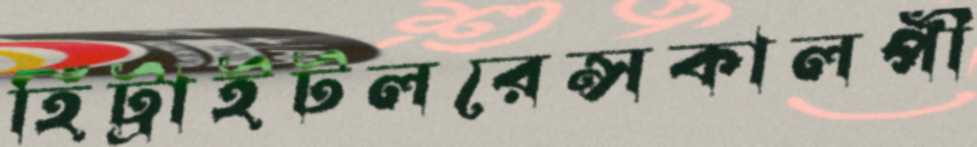
হিট্রাইটলরেন্সকালপী